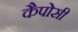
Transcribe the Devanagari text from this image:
कैपोसी